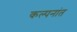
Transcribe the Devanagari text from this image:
कल्पनांत